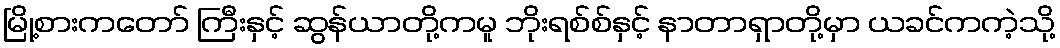
မြို့စားကတော် ကြီးနှင့် ဆွန်ယာတို့ကမူ ဘိုးရစ်စ်နှင့် နာတာရှာတို့မှာ ယခင်ကကဲ့သို့